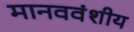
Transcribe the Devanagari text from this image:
मानववंशीय